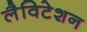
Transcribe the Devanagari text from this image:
लैविटेशन